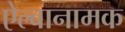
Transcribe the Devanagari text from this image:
ऐल्बानामक